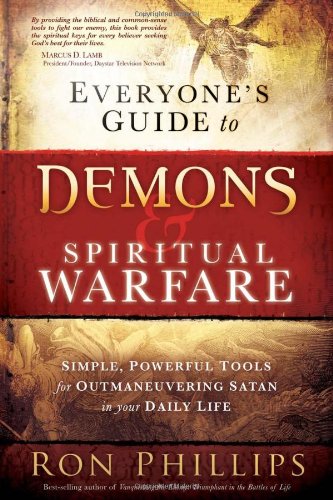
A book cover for Everyone's Guide to Demons & Spiritual Warfare: Simple, Powerful Tools for Outmaneuvering Satan in Your Daily Life; Ron Phillips  DMin; Christian Books & Bibles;